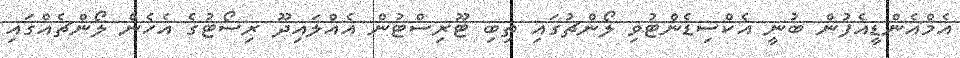
އެމްއެންޑީއެފުން ބުނީ އެކްސިޑެންޓުވި ލޯންޗުގައި ތިބި ޓޫރިސްޓުން އެއްލައިދޫ ރިސޯޓުގެ އެހެން ލޯންޗެއްގައި